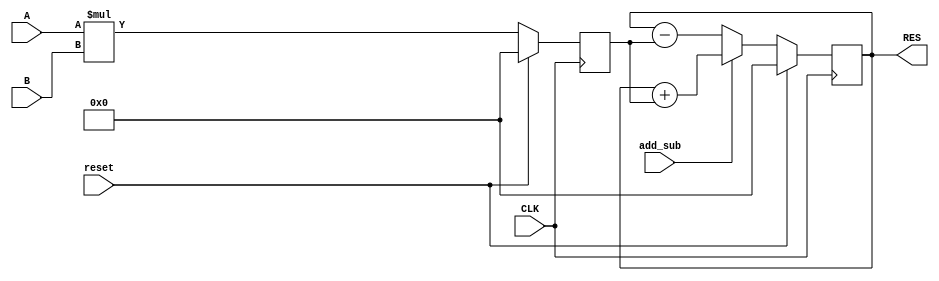
`timescale 1ns / 1ps

module multiplier_UpDownAccumulate_regAfterMul(
    input CLK,
    input [7:0] A,
    input [7:0] B,
    input reset,
    input add_sub,
    output [15:0] RES
    );
	 
	 reg [15:0] mult, accum;
	 
	 always @ (posedge CLK) begin
		if (reset)
			mult <= 16'b0000000000000000;
		else
			mult <= A * B;
	 end
	 
	 always @ (posedge CLK) begin
		if (reset)
			accum <= 16'b0000000000000000;
		else
			if (add_sub)
				accum <= accum + mult;
			else
				accum <= accum - mult;
	 end
	 
	 assign RES = accum;

endmodule